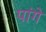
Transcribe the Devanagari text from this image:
पांगे